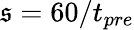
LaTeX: \mathfrak{s}=60/t_{pre}